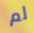
لم